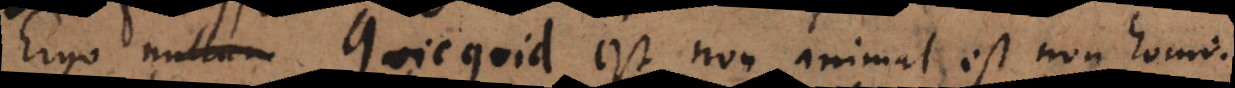
Ergo quicquid est non animal est non homo.